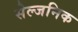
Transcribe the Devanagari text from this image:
सेल्जनिक